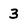
Character: 3